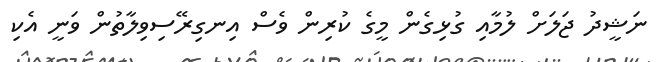
ނަޝީދު ޖަލަށް ލުމާއި ގުޅިގެން މީގެ ކުރިން ވެސް އިނގިރޭސިވިލާތުން ވަނީ އެކި